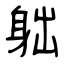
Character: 䠳